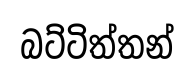
බට්ටිත්තන්